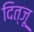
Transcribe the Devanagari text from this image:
दित्जू